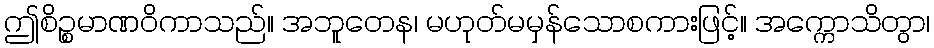
ဤစိဉ္စမာဏဝိကာသည်။ အဘူတေန၊ မဟုတ်မမှန်သောစကားဖြင့်။ အက္ကောသိတွာ၊